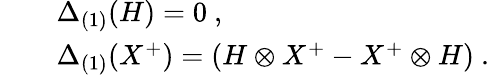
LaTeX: \begin{array}{rcl}{{}}&{{}}&{{\Delta_{(1)}(H)=0~,}}\\ {{}}&{{}}&{{\Delta_{(1)}(X^{+})=(H\otimes X^{+}-X^{+}\otimes H)~.}}\end{array}